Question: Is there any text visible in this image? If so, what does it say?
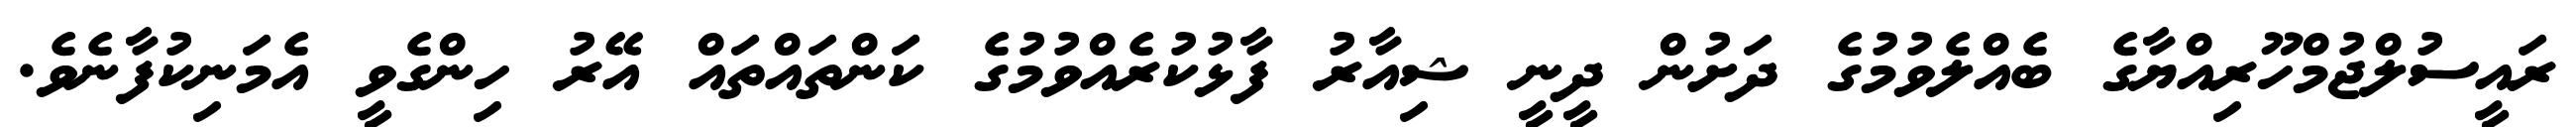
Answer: ރައީސުލްޖުމްހޫރިއްޔާގެ ބެއްލެވުމުގެ ދަށުން ދީނީ ޝިއާރު ފާޅުކުރެއްވުމުގެ ކަންތައްތައް އޭރު ހިންގެވީ އެމަނިކުފާނެވެ.